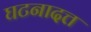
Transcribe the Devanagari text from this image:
घटनादत्त